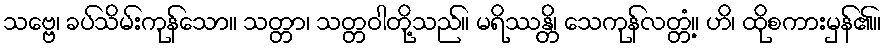
သဗ္ဗေ၊ ခပ်သိမ်းကုန်သော။ သတ္တာ၊ သတ္တဝါတို့သည်။ မရိဿန္တိ၊ သေကုန်လတ္တံ့။ ဟိ၊ ထိုစကားမှန်၏။